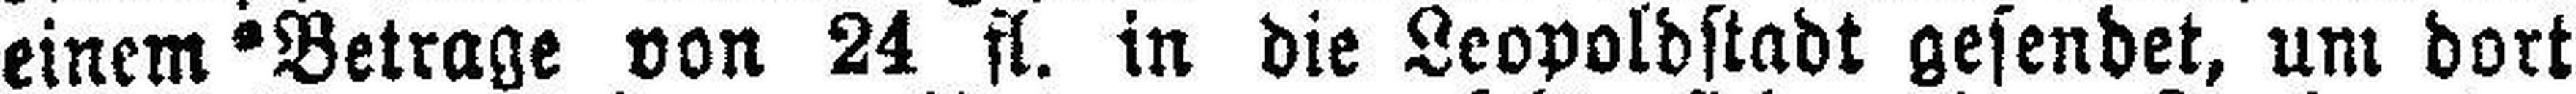
einem Betrage von 24 fl. in die Leopoldstadt gesendet, um dort